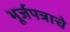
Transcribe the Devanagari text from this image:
भूर्जपत्राचे